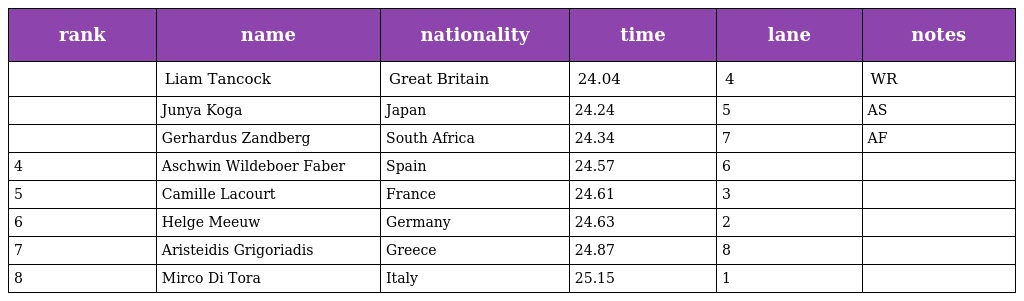
| rank | name | nationality | time | lane | notes |
 | --- | --- | --- | --- | --- | --- |
 |  | Liam Tancock | Great Britain | 24.04 | 4 | WR |
 |  | Junya Koga | Japan | 24.24 | 5 | AS |
 |  | Gerhardus Zandberg | South Africa | 24.34 | 7 | AF |
 | 4 | Aschwin Wildeboer Faber | Spain | 24.57 | 6 |  |
 | 5 | Camille Lacourt | France | 24.61 | 3 |  |
 | 6 | Helge Meeuw | Germany | 24.63 | 2 |  |
 | 7 | Aristeidis Grigoriadis | Greece | 24.87 | 8 |  |
 | 8 | Mirco Di Tora | Italy | 25.15 | 1 |  |